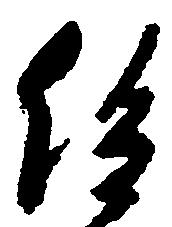
給